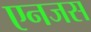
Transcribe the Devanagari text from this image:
एनजस